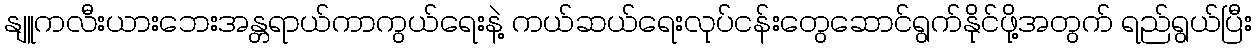
နျူကလီးယားဘေးအန္တရာယ်ကာကွယ်ရေးနဲ့ ကယ်ဆယ်ရေးလုပ်ငန်းတွေဆောင်ရွက်နိုင်ဖို့အတွက် ရည်ရွယ်ပြီး